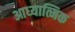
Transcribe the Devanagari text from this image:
आध्‍यात्मिक